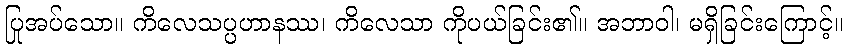
ပြုအပ်သော။ ကိလေသပ္ပဟာနဿ၊ ကိလေသာ ကိုပယ်ခြင်း၏။ အဘာဝါ၊ မရှိခြင်းကြောင့်။